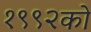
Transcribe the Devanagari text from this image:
१९९२को